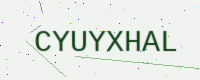
Text: CYUYXHAL